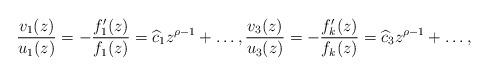
LaTeX: \begin{align*} \frac{v_1(z)}{u_1(z)} = - \frac{f_1'(z)}{f_1(z)} = \widehat c_1 z^{\rho-1} + \ldots , \frac{v_3(z)}{u_3(z)} = - \frac{f_k'(z)}{f_k(z)} = \widehat c_3 z^{\rho-1} + \ldots , \end{align*}